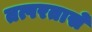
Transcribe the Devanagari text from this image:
तत्परतासे